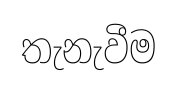
තැනැවීම